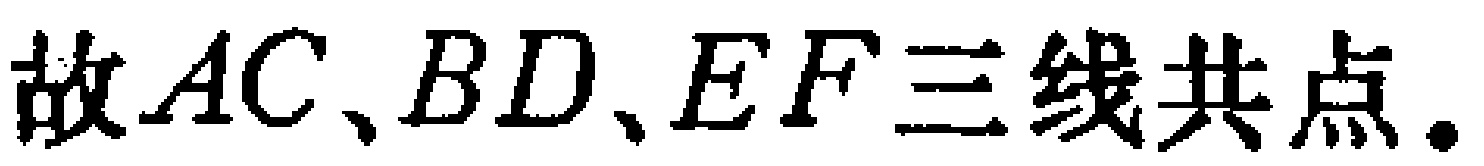
故\(AC、BD、EF\)三线共点.